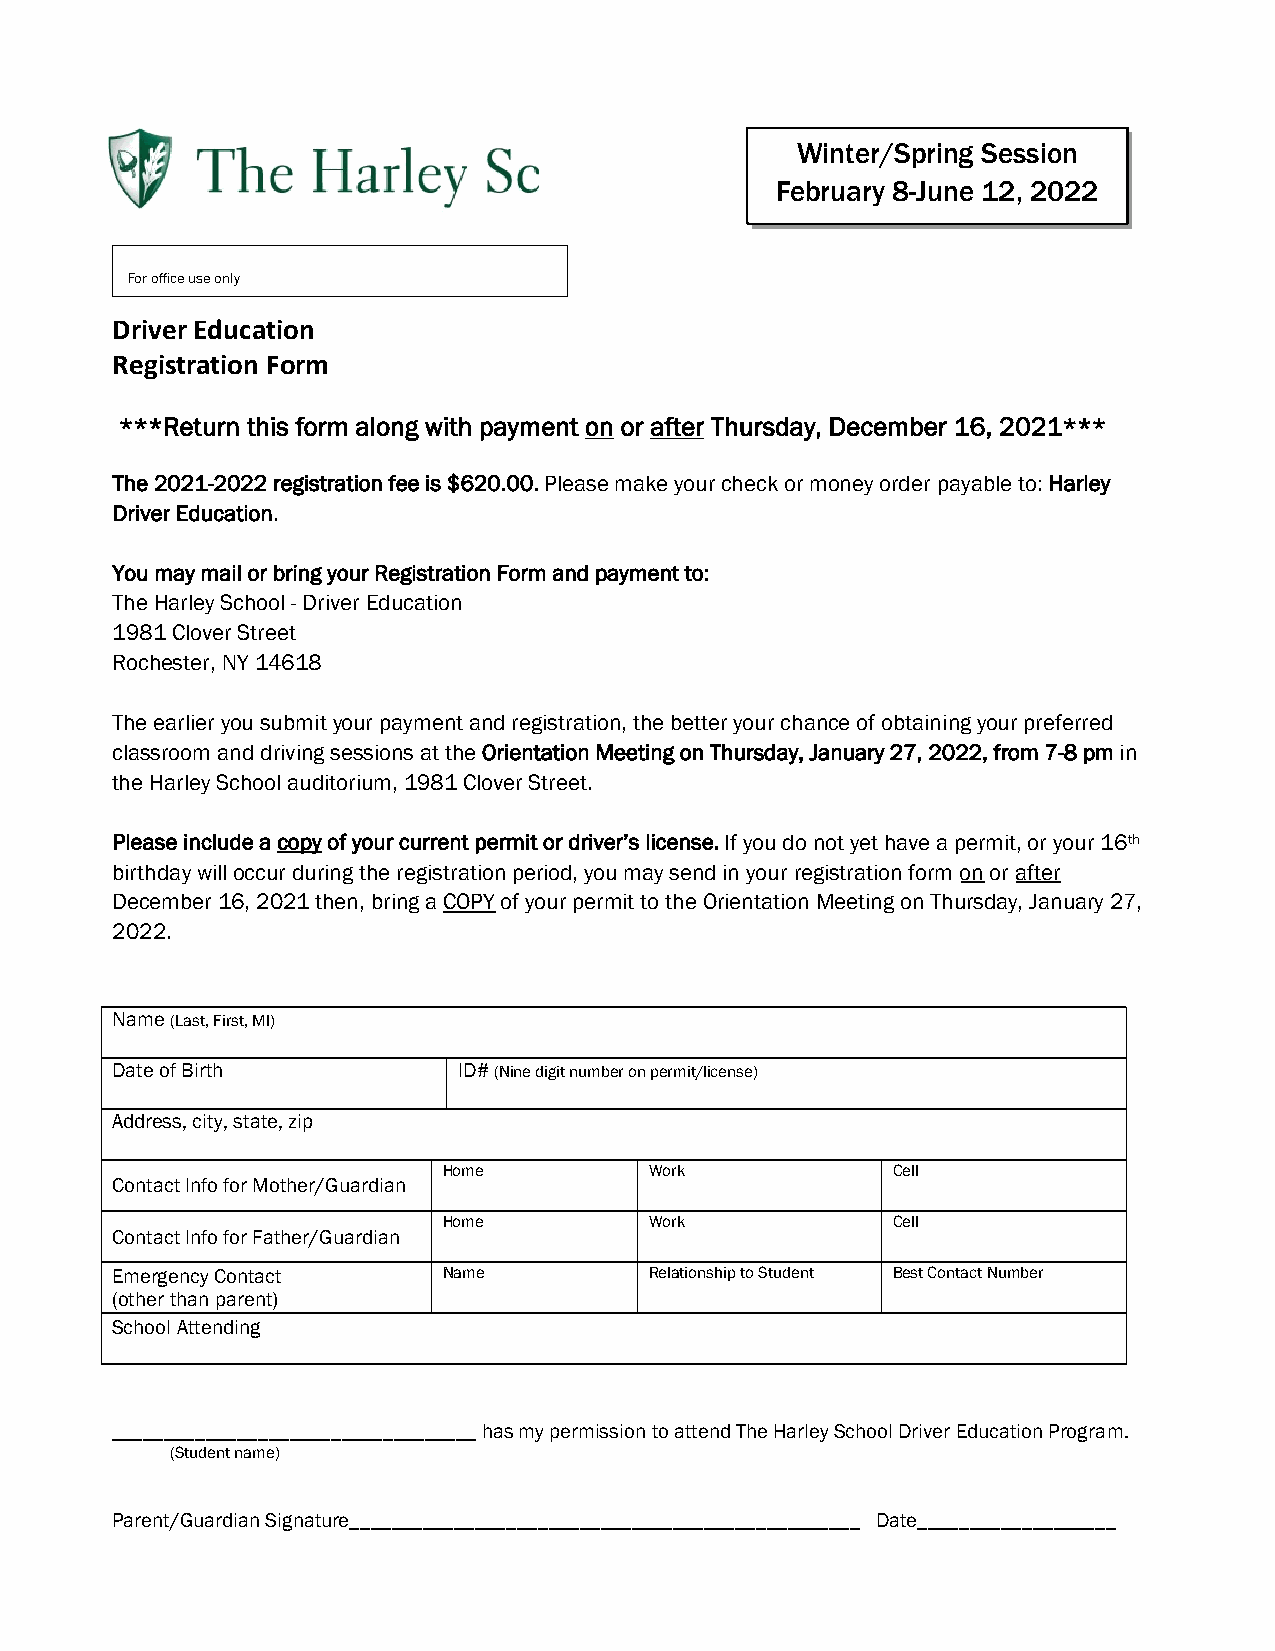
Winter/Spring Session
 February 8-June 12, 2022
 For office use only
 Driver Education
 Registration Form
 ***Return this form along with payment on or after Thursday, December 16, 2021***
 The 2021-2022 registration fee is $620.00. Please make your check or money order payable to: Harley
 Driver Education.
 You may mail or bring your Registration Form and payment to:
 The Harley School - Driver Education
 1981 Clover Street
 Rochester, NY 14618
 The earlier you submit your payment and registration, the better your chance of obtaining your preferred
 classroom and driving sessions at the Orientation Meeting on Thursday, January 27, 2022, from 7-8 pm in
 the Harley School auditorium, 1981 Clover Street.
 Please include a copy of your current permit or driver’s license. If you do not yet have a permit, or your 16th
 birthday will occur during the registration period, you may send in your registration form on or after
 December 16, 2021 then, bring a COPY of your permit to the Orientation Meeting on Thursday, January 27,
 2022.
 Name (Last, First, MI)
 Date of Birth          ID# (Nine digit number on permit/license)
 Address, city, state, zip
 Home          Work            Cell
 Contact Info for Mother/Guardian
 Home          Work            Cell
 Contact Info for Father/Guardian
 Emergency Contact     Name          Relationship to Student Best Contact Number
 (other than parent)
 School Attending
 ___________________________________ has my permission to attend The Harley School Driver Education Program.
 (Student name)
 Parent/Guardian Signature_________________________________________________ Date___________________